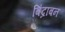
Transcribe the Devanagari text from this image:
बिंद्राबन